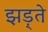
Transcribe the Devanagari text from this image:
झड़्ते